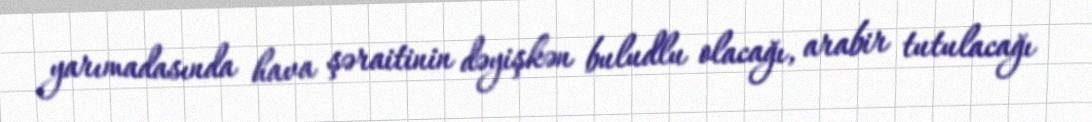
yarımadasında hava şəraitinin dəyişkən buludlu olacağı, arabir tutulacağı